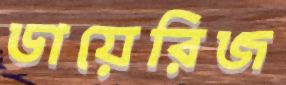
ডায়েরিজ